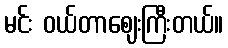
မင်း ဝယ်တာဈေးကြီးတယ်။